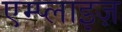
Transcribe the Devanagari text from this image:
एम्प्लाइज़